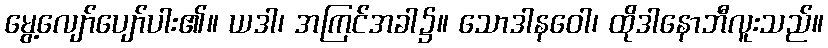
မွေ့လျော်ပျော်ပါး၏။ ယဒါ၊ အကြင်အခါ၌။ သောဒါနဝေါ၊ ထိုဒါနောဘီလူးသည်။